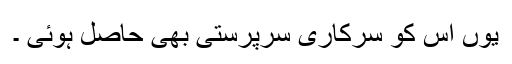
یوں اس کو سرکاری سرپرستی بھی حاصل ہوئی ۔